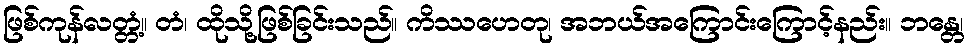
ဖြစ်ကုန်လတ္တံ့။ တံ၊ ထိုသို့ဖြစ်ခြင်းသည်။ ကိဿဟေတု၊ အဘယ်အကြောင်းကြောင့်နည်း။ ဘန္တေ၊